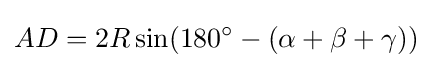
AD=2R\sin(180^{\circ }-(\alpha +\beta +\gamma ))